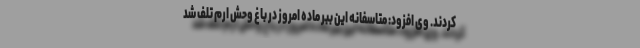
کردند. وی افزود: متاسفانه این ببر ماده امروز در باغ وحش ارم تلف شد